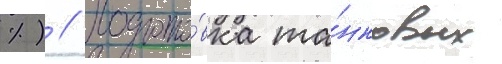
%) // Подгото́вка та́нковых